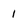
Character: 1